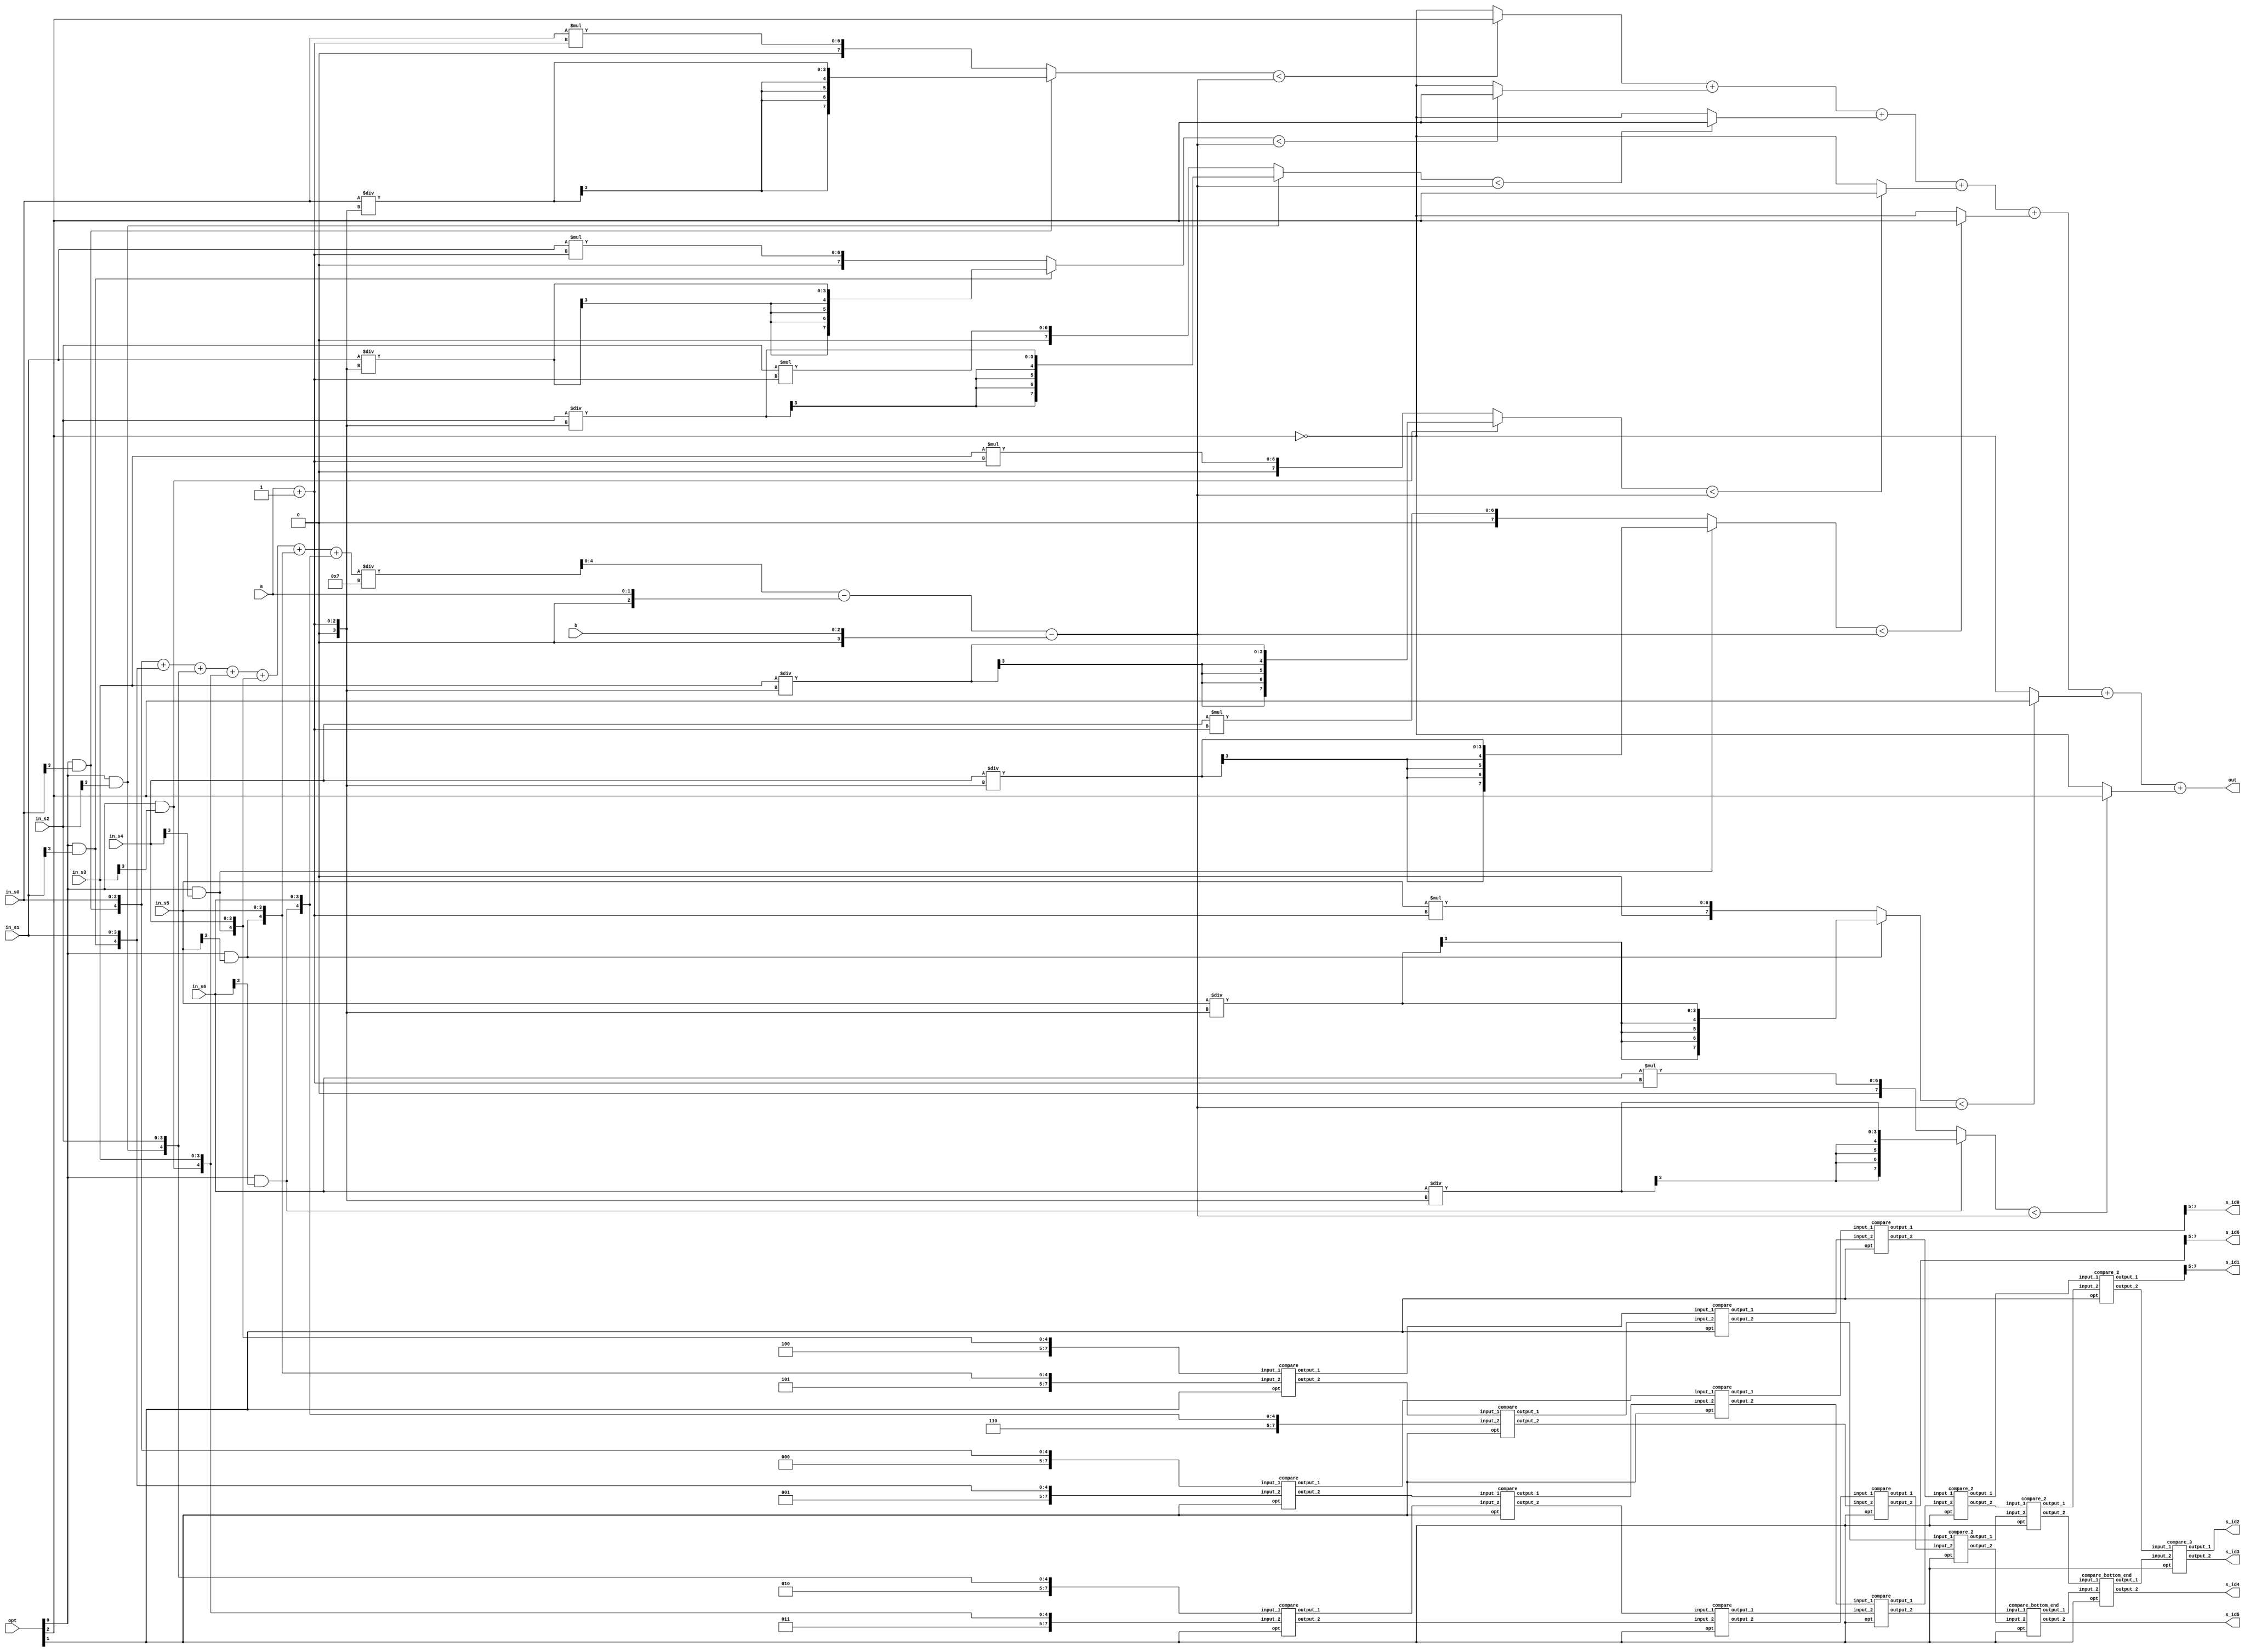
/*
 
****************************************
Report : area
Design : CC
Version: R-2020.09
Date   : Sat Feb 25 07:36:10 2023
****************************************

Library(s) Used:

    slow (File: /RAID2/COURSE/iclab/iclabta01/umc018/Synthesis/slow.db)

Number of ports:                           60
Number of nets:                          1145
Number of cells:                         1077
Number of combinational cells:           1077
Number of sequential cells:                 0
Number of macros/black boxes:               0
Number of buf/inv:                        202
Number of references:                      43

Combinational area:              19878.566653
Buf/Inv area:                     2015.798473
Noncombinational area:               0.000000
Macro/Black Box area:                0.000000
Net Interconnect area:      undefined  (No wire load specified)

Total cell area:                 19878.566653
Total area:                 undefined
1
*/



module CC(
  in_s0,
  in_s1,
  in_s2,
  in_s3,
  in_s4,
  in_s5,
  in_s6,
  opt,
  a,
  b,
  s_id0,
  s_id1,
  s_id2,
  s_id3,
  s_id4,
  s_id5,
  s_id6,
  out

);
input [3:0]in_s0;
input [3:0]in_s1;
input [3:0]in_s2;
input [3:0]in_s3;
input [3:0]in_s4;
input [3:0]in_s5;
input [3:0]in_s6;
input [2:0]opt;
input [1:0]a;
input [2:0]b;
output [2:0] s_id0;
output [2:0] s_id1;
output [2:0] s_id2;
output [2:0] s_id3;
output [2:0] s_id4;
output [2:0] s_id5;
output [2:0] s_id6;
output [2:0] out; 
//==================================================================
// reg & wire
//==================================================================
wire signed [4+3:0] in_t0, in_t1, in_t2, in_t3, in_t4, in_t5, in_t6;
wire signed [7:0] temp_1,temp_2,temp_3,temp_4,temp_5,temp_6,temp_7,temp_8,temp_9,temp_10,
                  temp_11,temp_12,temp_13,temp_14,temp_15,temp_16,temp_17,temp_18,temp_19,temp_20,
                  temp_21,temp_22,temp_23,temp_24,temp_25,temp_26,temp_27,temp_28,temp_29,//temp_30,
                  temp_31,temp_32,temp_33;//,temp_34;//,temp_35,temp_36;
wire signed [2:0] temp_30,temp_34,temp_35,temp_36;  //temp_31 cannot use[2:0] for area is not decreasing
reg signed [7:0] sum;
reg signed [4:0] qutio;
wire signed [2:0] alpha;
wire signed [3:0] alpha_p;
reg signed [4:0] pass_score;

//wire signed [7:0] new_score[6:0]; 
wire signed [3:0] beta;
wire pass_num [6:0];
wire vote, unvote;
wire signed [3:0] score_qutio[6:0];
wire signed [7:0] score_product[6:0];
wire signed [7:0] score_product_dete[6:0];


//==================================================================
// design
//==================================================================
assign  in_t0 = {3'd0,(opt[0]&in_s0[3]),in_s0};
assign  in_t1 = {3'd1,(opt[0]&in_s1[3]),in_s1};
assign  in_t2 = {3'd2,(opt[0]&in_s2[3]),in_s2};
assign  in_t3 = {3'd3,(opt[0]&in_s3[3]),in_s3};
assign  in_t4 = {3'd4,(opt[0]&in_s4[3]),in_s4};
assign  in_t5 = {3'd5,(opt[0]&in_s5[3]),in_s5};
assign  in_t6 = {3'd6,(opt[0]&in_s6[3]),in_s6};
assign alpha = {1'b0,a};
assign alpha_p = {1'b0,alpha}+1'b1;
assign beta = {1'b0,b};


//--------------------
//  OUTPUTS
//--------------------
assign out = pass_num[0] + pass_num[1] + pass_num[2] + pass_num[3] +pass_num[4] + pass_num[5] + pass_num[6];
assign  s_id0 = temp_19[7:5];
assign  s_id1 = temp_31[7:5];
assign  s_id2 = temp_35;//[7:5];
assign  s_id3 = temp_36;//[7:5];
assign  s_id4 = temp_34;//[7:5];
assign  s_id5 = temp_30;//[7:5];
assign  s_id6 = temp_22[7:5];

//--------------------
//  SORT by MERGE SORT
//-------------------- 
compare M1(.input_1(in_t0),.input_2(in_t1),.opt(opt[1]),.output_1(temp_1),.output_2(temp_2));
compare M2(.input_1(in_t2),.input_2(in_t3),.opt(opt[1]),.output_1(temp_3),.output_2(temp_4));
compare M3(.input_1(in_t4),.input_2(in_t5),.opt(opt[1]),.output_1(temp_5),.output_2(temp_6));
compare M4(.input_1(temp_2),.input_2(temp_3),.opt(opt[1]),.output_1(temp_7),.output_2(temp_8));
compare M5(.input_1(temp_6),.input_2(in_t6),.opt(opt[1]),.output_1(temp_9),.output_2(temp_10));
compare M6(.input_1(temp_1),.input_2(temp_7),.opt(opt[1]),.output_1(temp_11),.output_2(temp_12));
compare M7(.input_1(temp_8),.input_2(temp_4),.opt(opt[1]),.output_1(temp_13),.output_2(temp_14));
compare M8(.input_1(temp_5),.input_2(temp_9),.opt(opt[1]),.output_1(temp_15),.output_2(temp_16));
compare M9(.input_1(temp_12),.input_2(temp_13),.opt(opt[1]),.output_1(temp_17),.output_2(temp_18));
//

compare M10(.input_1(temp_11),.input_2(temp_15),.opt(opt[1]),.output_1(temp_19),.output_2(temp_20));
compare M11(.input_1(temp_14),.input_2(temp_10),.opt(opt[1]),.output_1(temp_21),.output_2(temp_22));
compare_2 M12(.input_1(temp_20),.input_2(temp_17),.opt(opt[1]),.output_1(temp_23),.output_2(temp_24));
compare_2 M13(.input_1(temp_16),.input_2(temp_21),.opt(opt[1]),.output_1(temp_25),.output_2(temp_26));
compare_2 M14(.input_1(temp_24),.input_2(temp_25),.opt(opt[1]),.output_1(temp_27),.output_2(temp_28));
compare_bottom_end M15(.input_1(temp_18),.input_2(temp_26),.opt(opt[1]),.output_1(temp_29),.output_2(temp_30));
compare_2 M16(.input_1(temp_23),.input_2(temp_27),.opt(opt[1]),.output_1(temp_31),.output_2(temp_32));
compare_bottom_end M17(.input_1(temp_28),.input_2(temp_29),.opt(opt[1]),.output_1(temp_33),.output_2(temp_34));
compare_3 M18(.input_1(temp_32),.input_2(temp_33),.opt(opt[1]),.output_1(temp_35),.output_2(temp_36));

//---------------------------------------
//  Vote if the student pass/fail the test
//----------------------------------------
always @* begin
  sum = $signed(in_t0[4:0]) + $signed(in_t1[4:0]) + $signed(in_t2[4:0]) +$signed(in_t3[4:0]) + $signed(in_t4[4:0]) + $signed(in_t5[4:0]) +$signed(in_t6[4:0]);
  qutio = sum / $signed(4'd7);
  pass_score = qutio-alpha-beta;
end

assign vote = opt[2]^1'b0;
assign unvote = ~vote;

assign pass_num[0] = (score_product_dete[0]<pass_score)?vote:unvote;
assign pass_num[1] = (score_product_dete[1]<pass_score)?vote:unvote;
assign pass_num[2] = (score_product_dete[2]<pass_score)?vote:unvote;
assign pass_num[3] = (score_product_dete[3]<pass_score)?vote:unvote;
assign pass_num[4] = (score_product_dete[4]<pass_score)?vote:unvote;
assign pass_num[5] = (score_product_dete[5]<pass_score)?vote:unvote;
assign pass_num[6] = (score_product_dete[6]<pass_score)?vote:unvote;

/*
assign pass_num[0] = (new_score[0]<pass_score)?vote:unvote;
assign pass_num[1] = (new_score[1]<pass_score)?vote:unvote;
assign pass_num[2] = (new_score[2]<pass_score)?vote:unvote;
assign pass_num[3] = (new_score[3]<pass_score)?vote:unvote;
assign pass_num[4] = (new_score[4]<pass_score)?vote:unvote;
assign pass_num[5] = (new_score[5]<pass_score)?vote:unvote;
assign pass_num[6] = (new_score[6]<pass_score)?vote:unvote;
*/
//-----------------------------------
//  Score Linear Translation
//-----------------------------------
  assign score_qutio[0] = $signed(in_t0[3:0])/alpha_p;
  assign score_qutio[1] = $signed(in_t1[3:0])/alpha_p;
  assign score_qutio[2] = $signed(in_t2[3:0])/alpha_p;
  assign score_qutio[3] = $signed(in_t3[3:0])/alpha_p;
  assign score_qutio[4] = $signed(in_t4[3:0])/alpha_p;
  assign score_qutio[5] = $signed(in_t5[3:0])/alpha_p;
  assign score_qutio[6] = $signed(in_t6[3:0])/alpha_p;

  assign score_product[0] = in_t0[3:0]*alpha_p;
  assign score_product[1] = in_t1[3:0]*alpha_p;
  assign score_product[2] = in_t2[3:0]*alpha_p;
  assign score_product[3] = in_t3[3:0]*alpha_p;
  assign score_product[4] = in_t4[3:0]*alpha_p;
  assign score_product[5] = in_t5[3:0]*alpha_p;
  assign score_product[6] = in_t6[3:0]*alpha_p;

/*   original format

  assign score_qutio[0] = $signed(in_t0[4:0])/alpha_p;
  assign score_product[0] = $signed(in_t0[3:0])*alpha_p;
  assign score_qutio[1] = $signed(in_t1[4:0])/alpha_p;
  assign score_product[1] = $signed(in_t1[4:0])*alpha_p;
  assign score_qutio[2] = $signed(in_t2[4:0])/alpha_p;
  assign score_product[2] = $signed(in_t2[4:0])*alpha_p;
  assign score_qutio[3] = $signed(in_t3[4:0])/alpha_p;
  assign score_product[3] = $signed(in_t3[4:0])*alpha_p;
  assign score_qutio[4] = $signed(in_t4[4:0])/alpha_p;
  assign score_product[4] = $signed(in_t4[4:0])*alpha_p;
  assign score_qutio[5] = $signed(in_t5[4:0])/alpha_p;
  assign score_product[5] = $signed(in_t5[4:0])*alpha_p;
  assign score_qutio[6] = $signed(in_t6[4:0])/alpha_p;
  assign score_product[6] = $signed(in_t6[4:0])*alpha_p;
*/

  //mult Mm1(.input_num(in_t6[4:0]),.alpha_p(alpha_p),.product(score_product[6]));//! This is not useful.

  assign score_product_dete[0] = (in_t0[4])?{{4{score_qutio[0][3]}},score_qutio[0][3:0]}:score_product[0];
  assign score_product_dete[1] = (in_t1[4])?{{4{score_qutio[1][3]}},score_qutio[1][3:0]}:score_product[1];
  assign score_product_dete[2] = (in_t2[4])?{{4{score_qutio[2][3]}},score_qutio[2][3:0]}:score_product[2];
  assign score_product_dete[3] = (in_t3[4])?{{4{score_qutio[3][3]}},score_qutio[3][3:0]}:score_product[3];
  assign score_product_dete[4] = (in_t4[4])?{{4{score_qutio[4][3]}},score_qutio[4][3:0]}:score_product[4];
  assign score_product_dete[5] = (in_t5[4])?{{4{score_qutio[5][3]}},score_qutio[5][3:0]}:score_product[5];
  assign score_product_dete[6] = (in_t6[4])?{{4{score_qutio[6][3]}},score_qutio[6][3:0]}:score_product[6];


/*

  assign new_score[0] = $signed(score_product_dete[0]);// + beta;
  assign new_score[1] = $signed(score_product_dete[1]);// + beta;
  assign new_score[2] = $signed(score_product_dete[2]);// + beta;
  assign new_score[3] = $signed(score_product_dete[3]);// + beta;
  assign new_score[4] = $signed(score_product_dete[4]);// + beta;
  assign new_score[5] = $signed(score_product_dete[5]);// + beta;
  assign new_score[6] = $signed(score_product_dete[6]);// + beta;
*/

endmodule

/*    Simple Mult OP:                 //!This is not useful
module mult(input_num,alpha_p,product);
input signed [4:0] input_num;
input [2:0] alpha_p;
output reg [7:0] product;
wire [7:0] first_shift,second_shift,first_shift_p;
assign first_shift = input_num<<<1'd1;
assign first_shift_p = input_num + input_num;
assign second_shift = input_num<<<2'd2;

always @* begin
  case(alpha_p)
  3'd0:begin
    product = 'd0;
  end
  3'd1:begin
    product = input_num;
  end
  3'd2:begin
    product = first_shift;
  end
  3'd3:begin
    product = first_shift_p;
  end
  3'd4:begin
    product =second_shift;
  end
  default:begin
    product ='d0;
  end
  endcase
end
endmodule
*/




module compare(input_1,input_2,opt,output_1,output_2);
input [7:0] input_1, input_2;
input opt;
output reg [7:0] output_1, output_2;
wire signed [4:0] num_1, num_2;
               // This is "case" method
wire [2:0] op;
wire small_fg, large_fg;
assign num_1 = input_1[4:0];
assign num_2 = input_2[4:0];
assign small_fg = num_1<num_2;
assign large_fg = num_1>num_2;
assign op ={opt,small_fg,large_fg};
always @* begin
  case(op)
    3'b110,3'b001:begin
      output_1 = input_2;
      output_2 = input_1;
    end
    default:begin
      output_1 = input_1;
      output_2 = input_2;
    end
  endcase
end


/*   // This is "original" method

always @* begin
  if(opt)begin
    output_1 = (num_1<num_2)?input_2:input_1;
    output_2 = (num_1<num_2)?input_1:input_2;
  end
  else begin
    output_1 = (num_1>num_2)?input_2:input_1;
    output_2 = (num_1>num_2)?input_1:input_2;
  end
end
*/


endmodule


/*   //!This is for M10, and M11 respectively. But it isn't useful.
module compare_10(input_1,input_2,opt,output_1,output_2);
input [7:0] input_1, input_2;
input opt;
output reg [7:0] output_1, output_2;
wire signed [4:0] num_1, num_2;


wire [2:0] op;
wire small_fg, large_fg;
assign num_1 = input_1[4:0];
assign num_2 = input_2[4:0];
assign small_fg = num_1<num_2;
assign large_fg = num_1>num_2;
assign op ={opt,small_fg,large_fg};
always @* begin
  case(op)
    3'b110,3'b001:begin
      output_1 = input_2;
      output_2 = input_1;
    end
    default:begin
      output_1 = input_1;
      output_2 = input_2;
    end
  endcase
end

endmodule

module compare_11(input_1,input_2,opt,output_1,output_2);
input [7:0] input_1, input_2;
input opt;
output reg [7:0] output_1;
output reg [2:0] output_2;
wire signed [4:0] num_1, num_2;

wire [2:0] op;
wire small_fg, large_fg;
assign num_1 = input_1[4:0];
assign num_2 = input_2[4:0];
assign small_fg = num_1<num_2;
assign large_fg = num_1>num_2;
assign op ={opt,small_fg,large_fg};
always @* begin
  case(op)
    3'b110,3'b001:begin
      output_1 = input_2;
      output_2 = input_1[7:5];
    end
    default:begin
      output_1 = input_1;
      output_2 = input_2[7:5];
    end
  endcase
end

endmodule
*/








module compare_2(input_1,input_2,opt,output_1,output_2);
input [7:0] input_1, input_2;
input opt;
output reg [7:0] output_1, output_2;
wire signed [4:0] num_1, num_2;
wire swap_flag;
wire equal_swap_flag, small_fg, large_fg;
wire [3:0] op;

assign num_1 = input_1[4:0];
assign num_2 = input_2[4:0];
assign small_fg = num_1<num_2;
assign large_fg = num_1>num_2;
assign equal_swap_flag = (input_1[7:5]<input_2[7:5])&~(small_fg|large_fg);
assign op = {opt,small_fg,large_fg,equal_swap_flag};
always@ * begin
  case(op)
  4'b1010,4'b1001,4'b0100,4'b0001:begin
      output_1 = input_1;
      output_2 = input_2;
  end

  default:begin
      output_1 = input_2;
      output_2 = input_1;
  end
endcase

end


endmodule

//------------------------
//  Below is for M18
// -----------------------
module compare_3(input_1,input_2,opt,output_1,output_2);
input [7:0] input_1, input_2;
input opt;
output reg [2:0] output_1, output_2;
wire signed [4:0] num_1, num_2;
wire swap_flag;
wire equal_swap_flag, small_fg, large_fg;
wire [3:0] op;

assign num_1 = input_1[4:0];
assign num_2 = input_2[4:0];
assign small_fg = num_1<num_2;
assign large_fg = num_1>num_2;
//assign equal_flag = (num_1==num_2); 
//assign equal_swap_flag = (input_1[7:5]<input_2[7:5])&equal_flag;
assign equal_swap_flag = (input_1[7:5]<input_2[7:5])&~(small_fg|large_fg);
assign op = {opt,small_fg,large_fg,equal_swap_flag};
always@ * begin
  case(op)
  4'b1010,4'b1001,4'b0100,4'b0001:begin
      output_1 = input_1[7:5];
      output_2 = input_2[7:5];
  end

  default:begin
      output_1 = input_2[7:5];
      output_2 = input_1[7:5];
  end
endcase

end

/*    //Original method
always @* begin
  if(opt)begin
    output_1 = ((num_1>num_2)|equal_swap_flag)?input_1:input_2;
    output_2 = ((num_1>num_2)|equal_swap_flag)?input_2:input_1;
  end
  else begin
    output_1 = ((num_1<num_2)|equal_swap_flag)?input_1:input_2;
    output_2 = ((num_1<num_2)|equal_swap_flag)?input_2:input_1;
  end
end
*/

endmodule





/*    //!This is for M16 respectively. But it isn't useful.
module compare_top_end(input_1,input_2,opt,output_1,output_2);
input [7:0] input_1, input_2;
input opt;
output reg [2:0] output_1;
output reg [7:0] output_2;
wire signed [4:0] num_1, num_2;
wire swap_flag;
wire equal_swap_flag, small_fg, large_fg;
wire [3:0] op;

assign num_1 = input_1[4:0];
assign num_2 = input_2[4:0];
assign small_fg = num_1<num_2;
assign large_fg = num_1>num_2;
//assign equal_flag = (num_1==num_2); 
//assign equal_swap_flag = (input_1[7:5]<input_2[7:5])&equal_flag;
assign equal_swap_flag = (input_1[7:5]<input_2[7:5])&~(small_fg|large_fg);
assign op = {opt,small_fg,large_fg,equal_swap_flag};
always@ * begin
  case(op)
  4'b1010,4'b1001,4'b0100,4'b0001:begin
      output_1 = input_1[7:5];
      output_2 = input_2;
  end

  default:begin
      output_1 = input_2[7:5];
      output_2 = input_1;
  end
endcase


end
endmodule
*/
//------------------------
//  Below is for M15,M17
// -----------------------
module compare_bottom_end(input_1,input_2,opt,output_1,output_2);
input [7:0] input_1, input_2;
input opt;
output reg [7:0] output_1;
output reg [2:0] output_2;
wire signed [4:0] num_1, num_2;
wire swap_flag;
wire equal_swap_flag, small_fg, large_fg;
wire [3:0] op;

assign num_1 = input_1[4:0];
assign num_2 = input_2[4:0];
assign small_fg = num_1<num_2;
assign large_fg = num_1>num_2;
//assign equal_flag = (num_1==num_2); 
//assign equal_swap_flag = (input_1[7:5]<input_2[7:5])&equal_flag;
assign equal_swap_flag = (input_1[7:5]<input_2[7:5])&~(small_fg|large_fg);
assign op = {opt,small_fg,large_fg,equal_swap_flag};
always@ * begin
  case(op)
  4'b1010,4'b1001,4'b0100,4'b0001:begin
      output_1 = input_1;
      output_2 = input_2[7:5];
  end

  default:begin
      output_1 = input_2;
      output_2 = input_1[7:5];
  end
endcase


end
endmodule